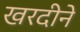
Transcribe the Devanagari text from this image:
खरदीने